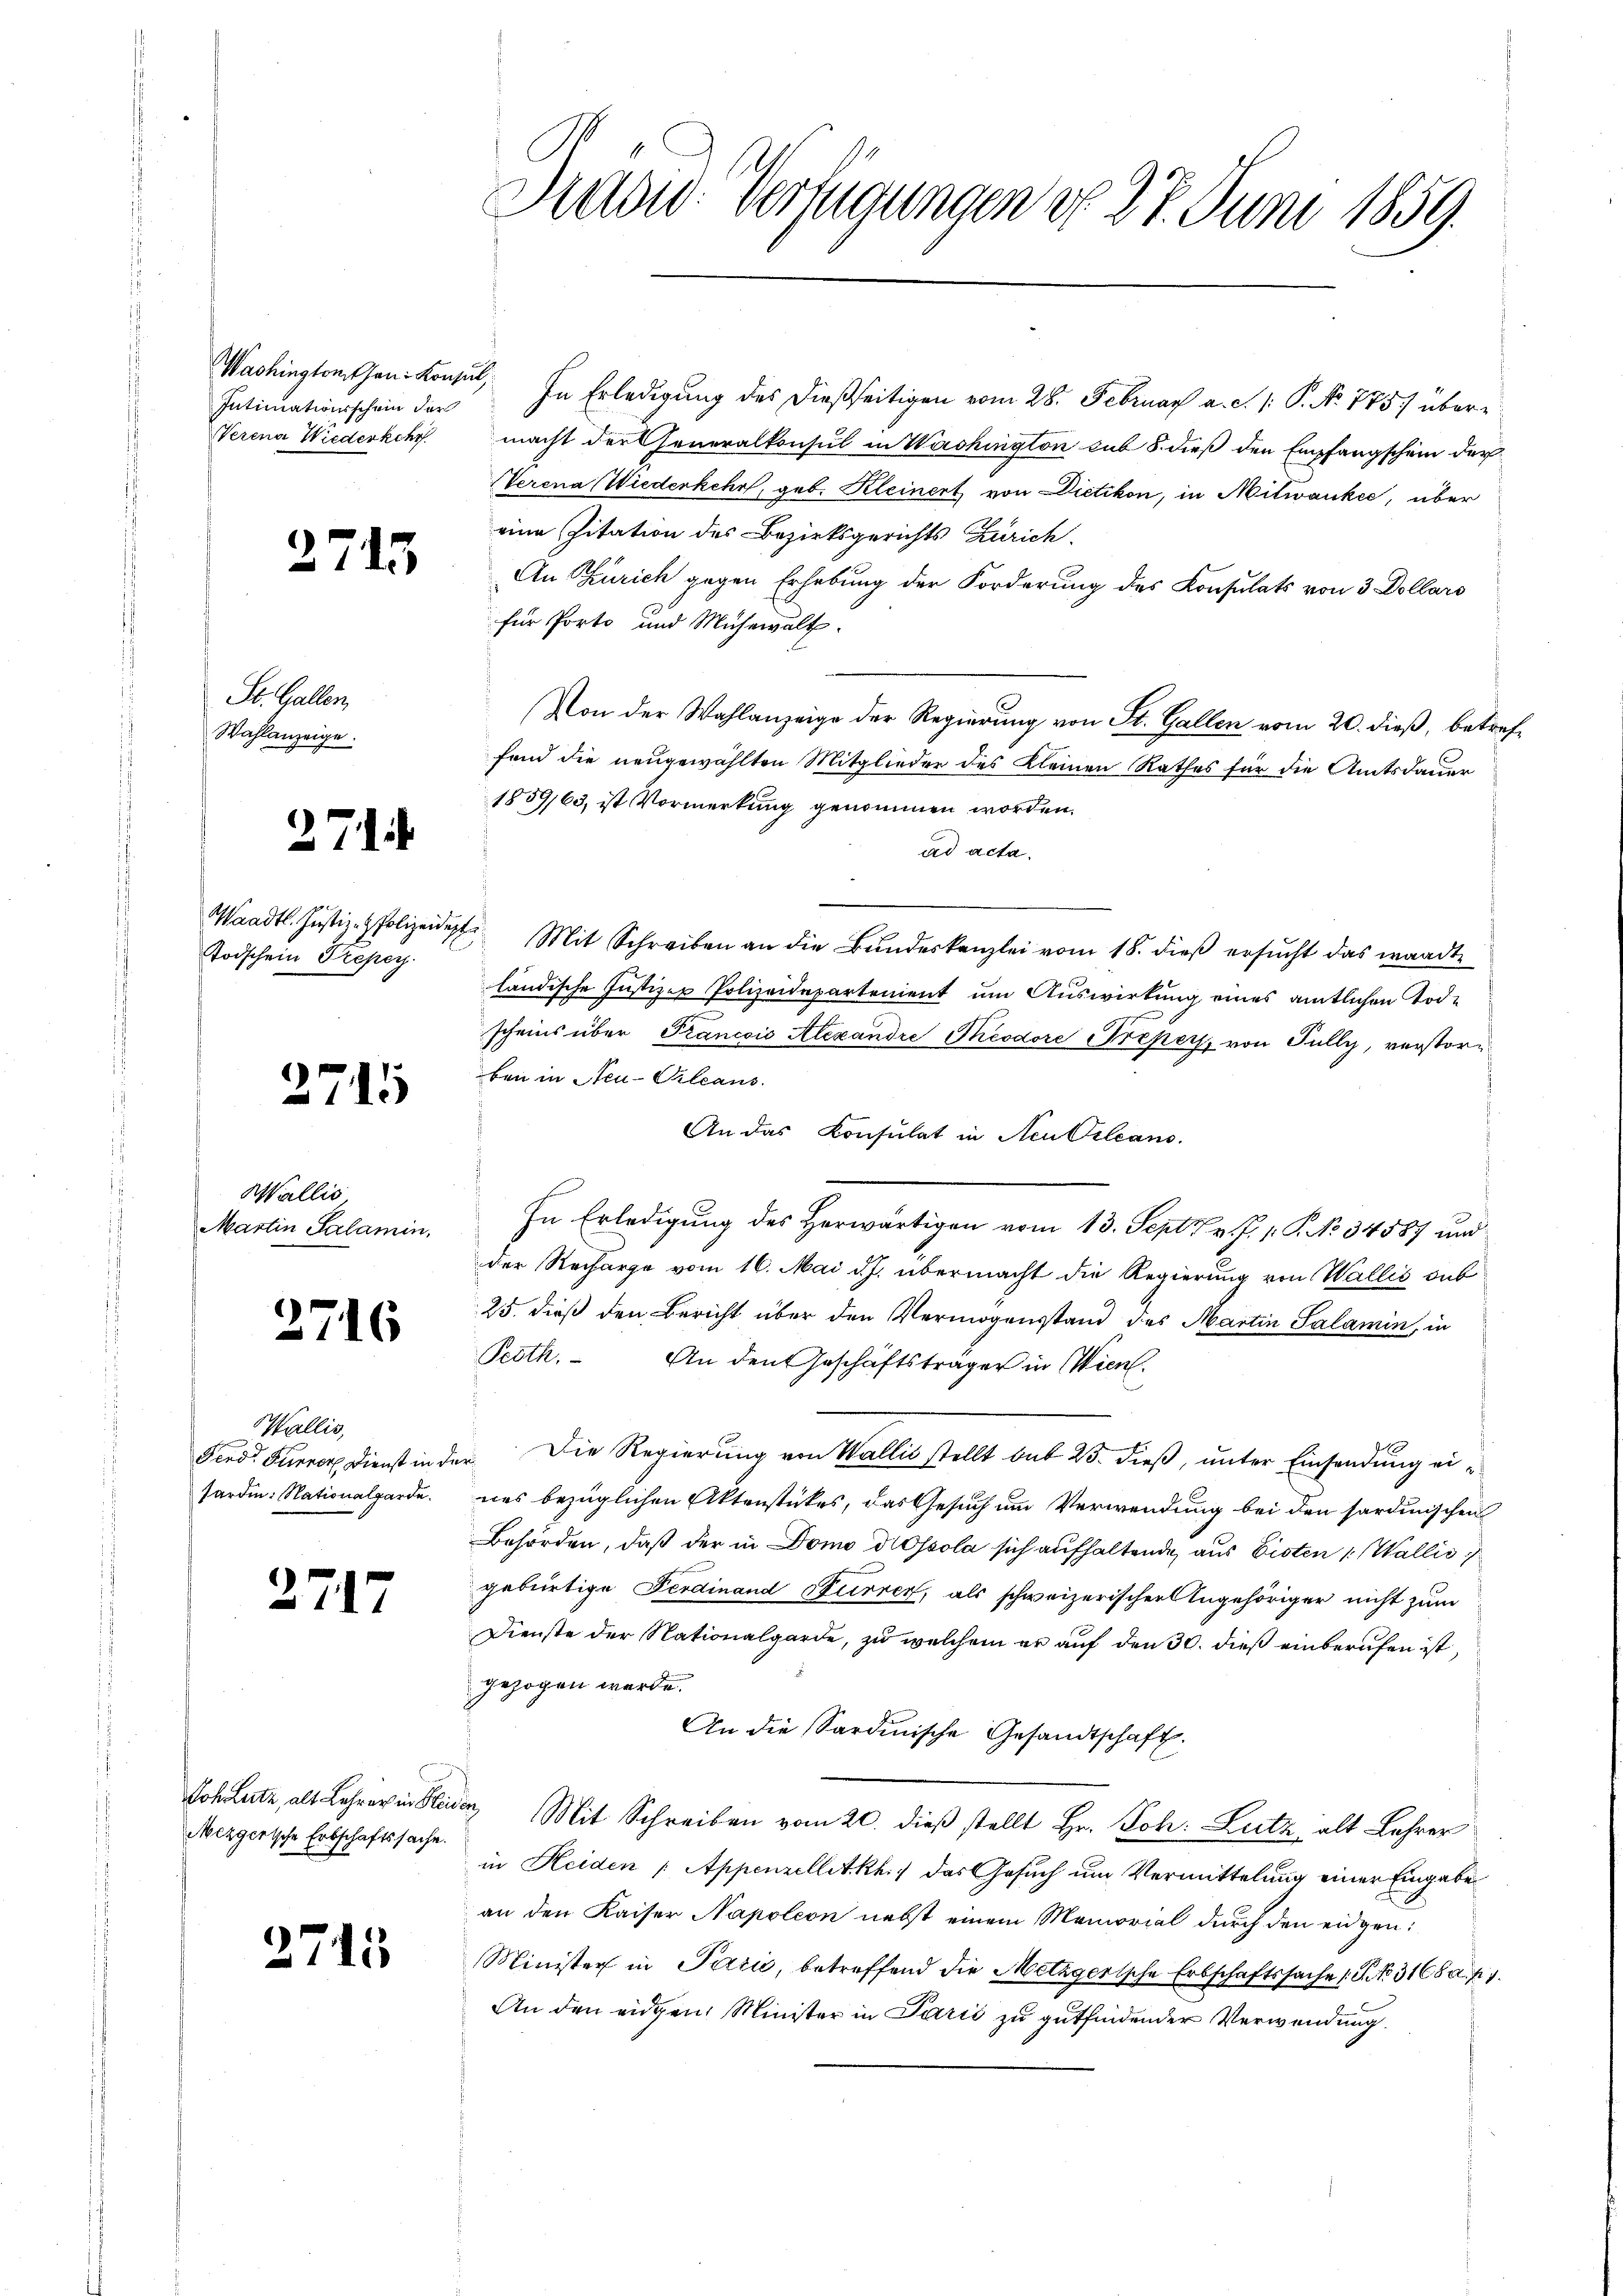
Intimationsschein der
Verena Wiederkehr

St. Gallen,
Wahlanzeige.

2743

.

Todschein Treper.

2715

Wallis,
Martin Salamin,

2716

Wallis,
sardin. Nationalgarde.

2717

Dohlete, als Lehrer in Flei
Mezgerische Erbschaftssache.

27

7

15

Sadw. Verfügungen do 27. Juni 1859.

Washington than Konsul, In Erledigung des dießseitigen vom 28. Februar a. d. 1. P. No 775 übermacht der Generalkonsul in Washington sub 8. dieß den Empfangschein der
Verena Wiederkehrt, geb. Kleinert von Dietikon, in Mitwanke, über
eine Citation des Bezirksgerichts Zürich
An Turich gegen Erhebung der Forderung des Konsulats von 3 Dollars
für Porto und Mühewalt.
Von der Wahlanzeige der Regierung von St. Gallen vom 20. dieß, betreffend die neugewählten Mitglieder des Kleinen Rathes für die Amtsdauer
1859/63, ist Vormerkung genommen worden.
ad acta.
Waadt. Justiz-Polizeidigt. Mit Schreiben an die Bŭndeskanzlei vom 18. dieß ersucht das wandte
ländische Justizer Polizeidepartement um Auswirkung eines amtlichen Tode
scheins über Francois Alexandre Theodore Preper, von Fully, verstorben in Steu-Cleans
An das Consulat in Neu Orleans
In Erledigung des Herwärtigen vom 13. Sept v. J. P. No 34587 und
der Recharge vom 16. Mai d. J. übermacht die Regierung von Wallis sub
25. dieß den Bericht über den Vermögensstand des Martin Salamin, in
Peoth. An den Geschäftsträger in Wien.
Ferd. Furrer Dienst in der Die Regierung von Wallis stellt bis 25. dieß, unter Einsendung eines bezüglichen Aktenstückes, das Gesuch um Verwendung bei den sardinischen
Behörden, daß der in Domo dopola sich aufhaltende aus Eisten 1. Wallis
gebürtige Ferdinand Furrer, als schweizerischer Angehöriger nicht zum
Dienste der Nationalgarde, zu welchem er auf den 30. dieß einberufen ist,
gezogen werde.
An die Sardinische Gesandtschaft.
das Mit Schreiben vom 20. dieß stellt Hr. Joh. Lutz alt Lehrer
in Heiden : Appenzelletkh.) das Gesuch um Vermittelung einer Eingabe
an den Kaiser Napoleon nebst einem Memorial durch den eidgen:
Minister in Parić, betreffend die Metzgertsche Erbschaftssache (T. No. 3168 a. p.
An den eidgen. Minister in Parić zu gutfindender Verwendung.